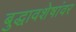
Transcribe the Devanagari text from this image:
बुद्धावशेषांवर